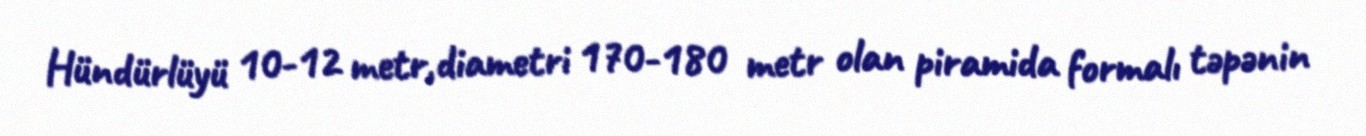
Hündürlüyü 10-12 metr,diametri 170-180 metr olan piramida formalı təpənin